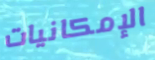
الإمكانيات